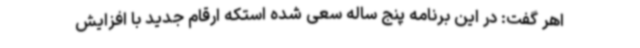
اهر گفت: در این برنامه پنج ساله سعی شده استکه ارقام جدید با افزایش